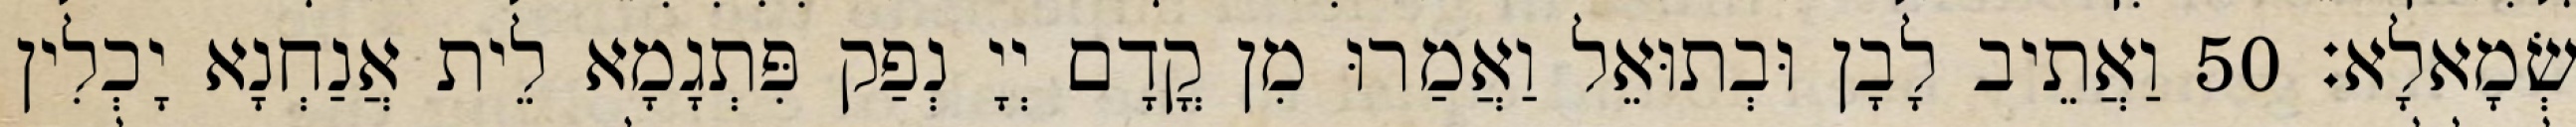
שְׂמָאלָא׃ 50 וַאֲתֵיב לָבָן וּבְתוּאֵל וַאֲמַרוּ מִן קֳדָם יְיָ נְפַק פִּתְגָמָא לֵית אֲנַחְנָא יָכְלִין